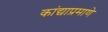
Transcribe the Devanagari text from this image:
कांद्याप्रमाणे